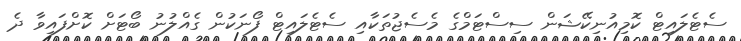
ސެޓެލައިޓް ކޮމިއުނިކޭޝަން ސިސްޓަމްގެ މެސެޖުތަކާއި ސެޓެލައިޓް ފޯނަކުން ގެއްލުނު ބޯޓަށް ކޮށްފައިވާ ދެ